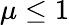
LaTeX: \mu\leq 1